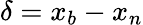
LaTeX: \delta=x_{b}-x_{n}